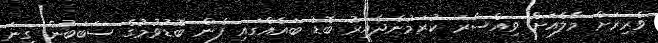
ވެރިރަށް މާލެއަށް ވިއްސާރަ ކުރަމުންދާއިރު ބޮޑު ބައެއްގައި ފެން ބޮޑުވުމުގެ ސަބަބުން ގިނަ